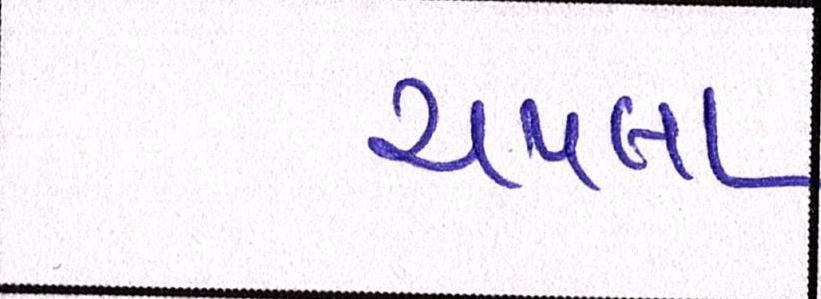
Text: ચપલા